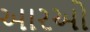
આરઓ